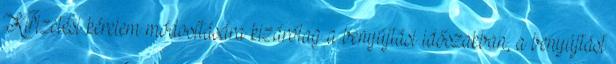
Kifizetési kérelem módosítására kizárólag a benyújtási időszakban, a benyújtást